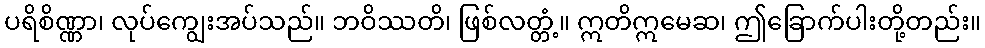
ပရိစိဏ္ဏာ၊ လုပ်ကျွေးအပ်သည်။ ဘဝိဿတိ၊ ဖြစ်လတ္တံ့။ ဣတိဣမေဆ၊ ဤခြောက်ပါးတို့တည်း။